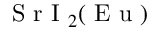
\mathrm { ~ S ~ r ~ I ~ } _ { 2 } ( \mathrm { ~ E ~ u ~ } )